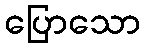
ပြောသော